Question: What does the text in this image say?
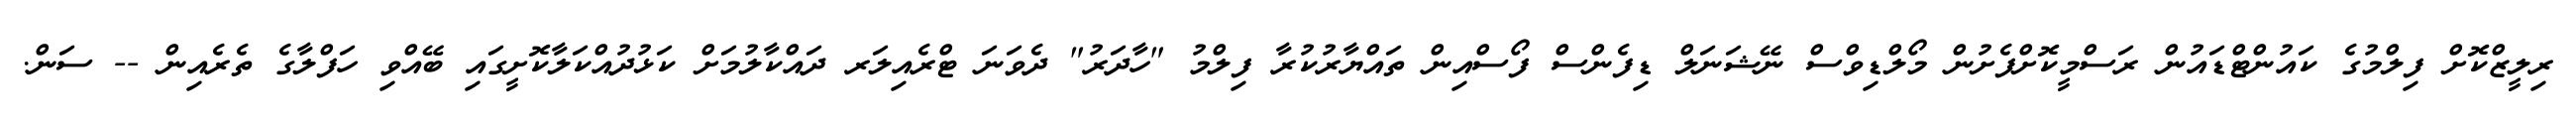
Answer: ރިލީޒްކޮށް ފިލްމުގެ ކައުންޓްޑައުން ރަސްމީކޮށްފެށުން މޯލްޑިވްސް ނޭޝަނަލް ޑިފެންސް ފޯސްއިން ތައްޔާރުކުރާ ފިލްމު "ހާދަރު" ދެވަނަ ޓްރެއިލަރ ދައްކާލުމަށް ކަޅުދުއްކަލާކޮށީގައި ބޭއްވި ހަފްލާގެ ތެރެއިން -- ސަން.